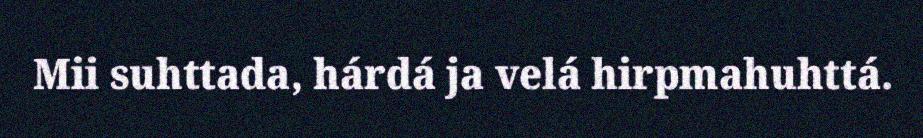
Mii suhttada, hárdá ja velá hirpmahuhttá.